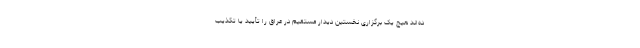
ده‌اند هیچ یک برگزاری نخستین دیدار مستقیم در عراق را تأیید یا تکذیب